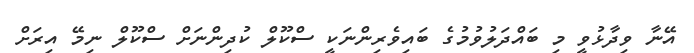
އޭނާ ވިދާޅުވީ މި ބައްދަލުވުމުގެ ބައިވެރިންނަކީ ސްކޫލް ކުދިންނަށް ސްކޫލް ނިމޭ އިރަށް